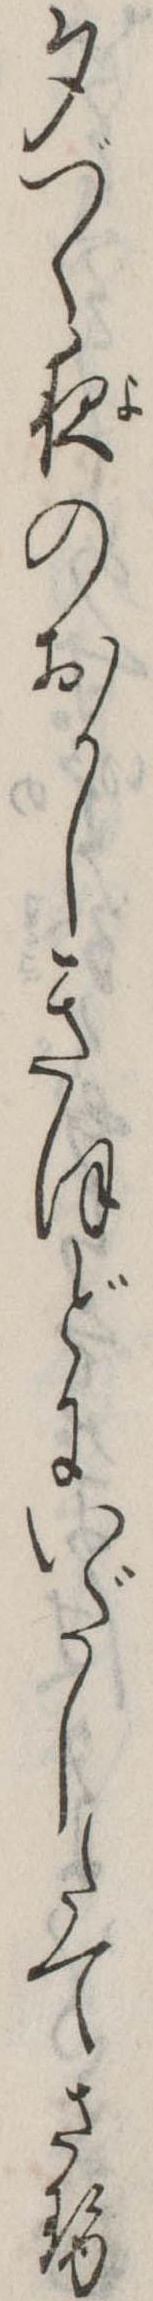
夕づく夜のおかしきほどにいだしたてさせ